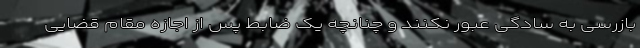
بازرسی به سادگی عبور نکنند و چنانچه یک ضابط پس از اجازه مقام قضایی